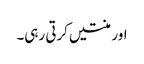
اور منتیں کرتی رہی۔